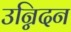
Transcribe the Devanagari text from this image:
उन्निदन